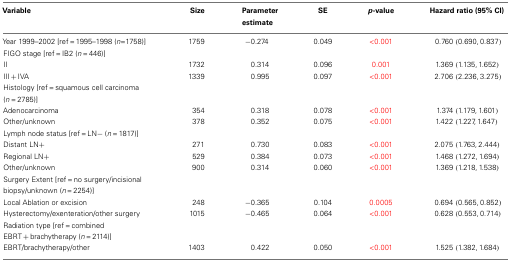
<table><thead><tr><td><b>Variable</b></td><td><b>Size</b></td><td><b>Parameter estimate</b></td><td><b>SE</b></td><td><b><i>p</i>-value</b></td><td><b>Hazard ratio (95% CI)</b></td></tr></thead><tbody><tr><td>Year 1999–2002 [ref = 1995–1998 (<i>n</i>=1758)]</td><td>1759</td><td>−0.274</td><td>0.049</td><td>&lt;0.001</td><td>0.760 (0.690,0.837)</td></tr><tr><td>FIGO stage [ref = IB2 (<i>n</i> = 446)]</td><td></td><td></td><td></td><td></td><td></td></tr><tr><td>II</td><td>1732</td><td>0.314</td><td>0.096</td><td>0.001</td><td>1.369 (1.135,1.652)</td></tr><tr><td>III + IVA</td><td>1339</td><td>0.995</td><td>0.097</td><td>&lt;0.001</td><td>2.706 (2.236, 3.275)</td></tr><tr><td>Histology [ref = squamous cell carcinoma (<i>n</i> = 2785)]</td><td></td><td></td><td></td><td></td><td></td></tr><tr><td>Adenocarcinoma</td><td>354</td><td>0.318</td><td>0.078</td><td>&lt;0.001</td><td>1.374 (1.179,1.601)</td></tr><tr><td>Other/unknown</td><td>378</td><td>0.352</td><td>0.075</td><td>&lt;0.001</td><td>1.422 (1.227,1.647)</td></tr><tr><td>Lymph node status [ref = LN− (<i>n</i> = 1817)]</td><td></td><td></td><td></td><td></td><td></td></tr><tr><td>Distant LN+</td><td>271</td><td>0.730</td><td>0.083</td><td>&lt;0.001</td><td>2.075 (1.763, 2.444)</td></tr><tr><td>Regional LN+</td><td>529</td><td>0.384</td><td>0.073</td><td>&lt;0.001</td><td>1.468 (1.272, 1.694)</td></tr><tr><td>Other/unknown</td><td>900</td><td>0.314</td><td>0.060</td><td>&lt;0.001</td><td>1.369 (1.218,1.538)</td></tr><tr><td>Surgery Extent [ref = no surgery/incisional biopsy/unknown (<i>n</i> = 2254)]</td><td></td><td></td><td></td><td></td><td></td></tr><tr><td>Local Ablation or excision</td><td>248</td><td>−0.365</td><td>0.104</td><td>0.0005</td><td>0.694 (0.565,0.852)</td></tr><tr><td>Hysterectomy/exenteration/other surgery</td><td>1015</td><td>−0.465</td><td>0.064</td><td>&lt;0.001</td><td>0.628 (0.553,0.714)</td></tr><tr><td>Radiation type [ref = combined EBRT + brachytherapy (<i>n</i> = 2114)]</td><td></td><td></td><td></td><td></td><td></td></tr><tr><td>EBRT/brachytherapy/other</td><td>1403</td><td>0.422</td><td>0.050</td><td>&lt;0.001</td><td>1.525 (1.382,1.684)</td></tr></tbody></table>